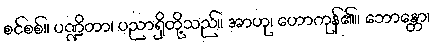
စင်စစ်။ ပဏ္ဍိတာ၊ ပညာရှိတို့သည်။ အာဟု၊ ဟောကုန်၏။ ဘောန္တော၊